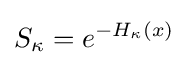
S_{\kappa }=e^{-H_{\kappa }(x)}